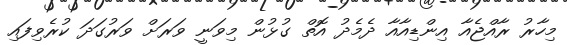
މިހާރު ރާއްޖެއާ އިންޑިއާއާ ދެމެދު އޮތް ގުޅުން މިވަނީ ވަރަށް ވަރުގަދަ ކުރެވިފައި